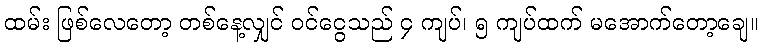
ထမ်း ဖြစ်လေတော့ တစ်နေ့လျှင် ဝင်ငွေသည် ၄ ကျပ်၊ ၅ ကျပ်ထက် မအောက်တော့ချေ။